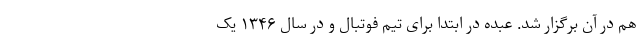
هم در آن برگزار شد. عبده در ابتدا برای تیم فوتبال و در سال ۱۳۴۶ یک